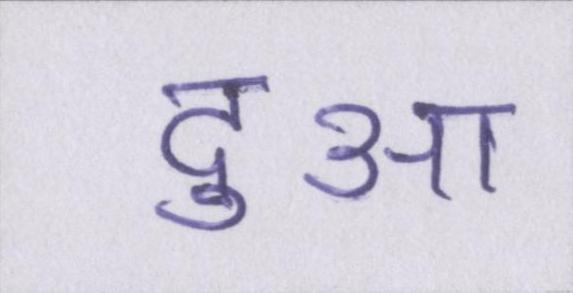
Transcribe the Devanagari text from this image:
दुआ